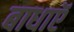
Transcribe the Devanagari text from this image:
बाधाऍ